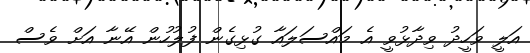
އަލީ ވަހީދު ވިދާޅުވީ އެ މައްސަލައާ ގުޅިގެން ފުލުހުން އޭނާ އަށް ވެސް